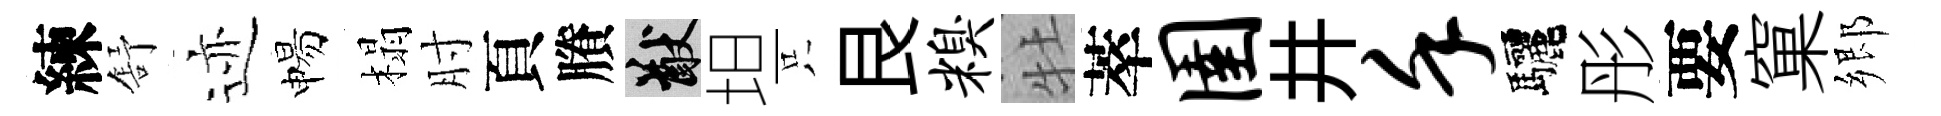
練舒迹惕榻肘頁賸猷坦只艮糗牡萃圉井堇驅彤要窠郷